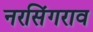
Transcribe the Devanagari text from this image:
नरसिंगराव